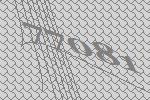
77081